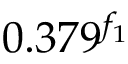
0 . 3 7 9 ^ { f _ { 1 } }